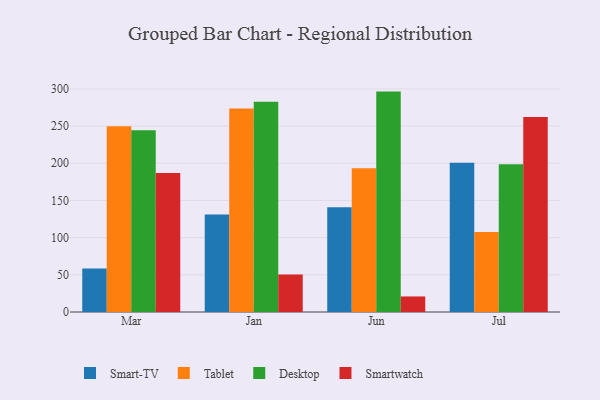
{"axis": {"x": "Month", "y": "Churn Rate (%)"}, "legend": ["Desktop", "Smart-TV", "Smartwatch", "Tablet"], "data": [{"x": "Mar", "y": 58.6, "type": "Smart-TV"}, {"x": "Mar", "y": 249.8, "type": "Tablet"}, {"x": "Mar", "y": 244.3, "type": "Desktop"}, {"x": "Mar", "y": 187.0, "type": "Smartwatch"}, {"x": "Jan", "y": 131.0, "type": "Smart-TV"}, {"x": "Jan", "y": 273.7, "type": "Tablet"}, {"x": "Jan", "y": 282.7, "type": "Desktop"}, {"x": "Jan", "y": 50.5, "type": "Smartwatch"}, {"x": "Jun", "y": 140.7, "type": "Smart-TV"}, {"x": "Jun", "y": 193.2, "type": "Tablet"}, {"x": "Jun", "y": 296.3, "type": "Desktop"}, {"x": "Jun", "y": 20.9, "type": "Smartwatch"}, {"x": "Jul", "y": 200.5, "type": "Smart-TV"}, {"x": "Jul", "y": 107.6, "type": "Tablet"}, {"x": "Jul", "y": 198.5, "type": "Desktop"}, {"x": "Jul", "y": 262.0, "type": "Smartwatch"}]}